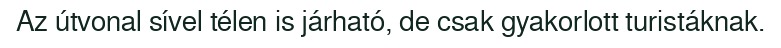
Az útvonal sível télen is járható, de csak gyakorlott turistáknak.